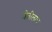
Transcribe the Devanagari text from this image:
शेतीलाच